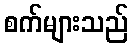
စက်များသည်